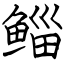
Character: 鲻